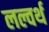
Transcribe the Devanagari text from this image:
लल्वर्थ